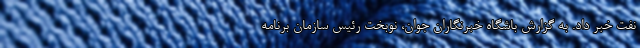
نفت خبر داد. به گزارش باشگاه خبرنگاران جوان، نوبخت رئیس سازمان برنامه